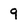
Character: 9